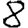
Digit: 8